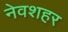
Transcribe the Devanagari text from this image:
नेवशहर